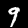
Label: 9